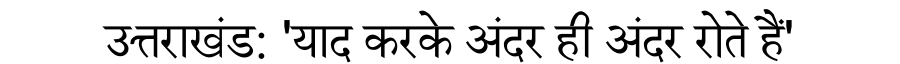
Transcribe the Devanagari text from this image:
उत्तराखंड: 'याद करके अंदर ही अंदर रोते हैं'